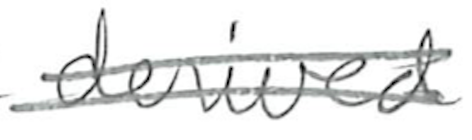
Text: derived
Cross-out: double-line
Writing tool: pencil